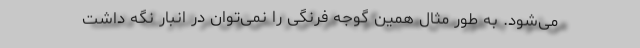
می‌شود. به طور مثال همین گوجه فرنگی را نمی‌توان در انبار نگه داشت